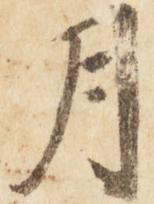
月